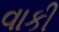
વાકી